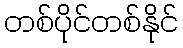
တစ်ပိုင်တစ်နိုင်